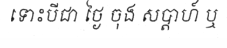
ទោះបីជា ថ្ងៃ ចុង សប្តាហ៍ ឬ